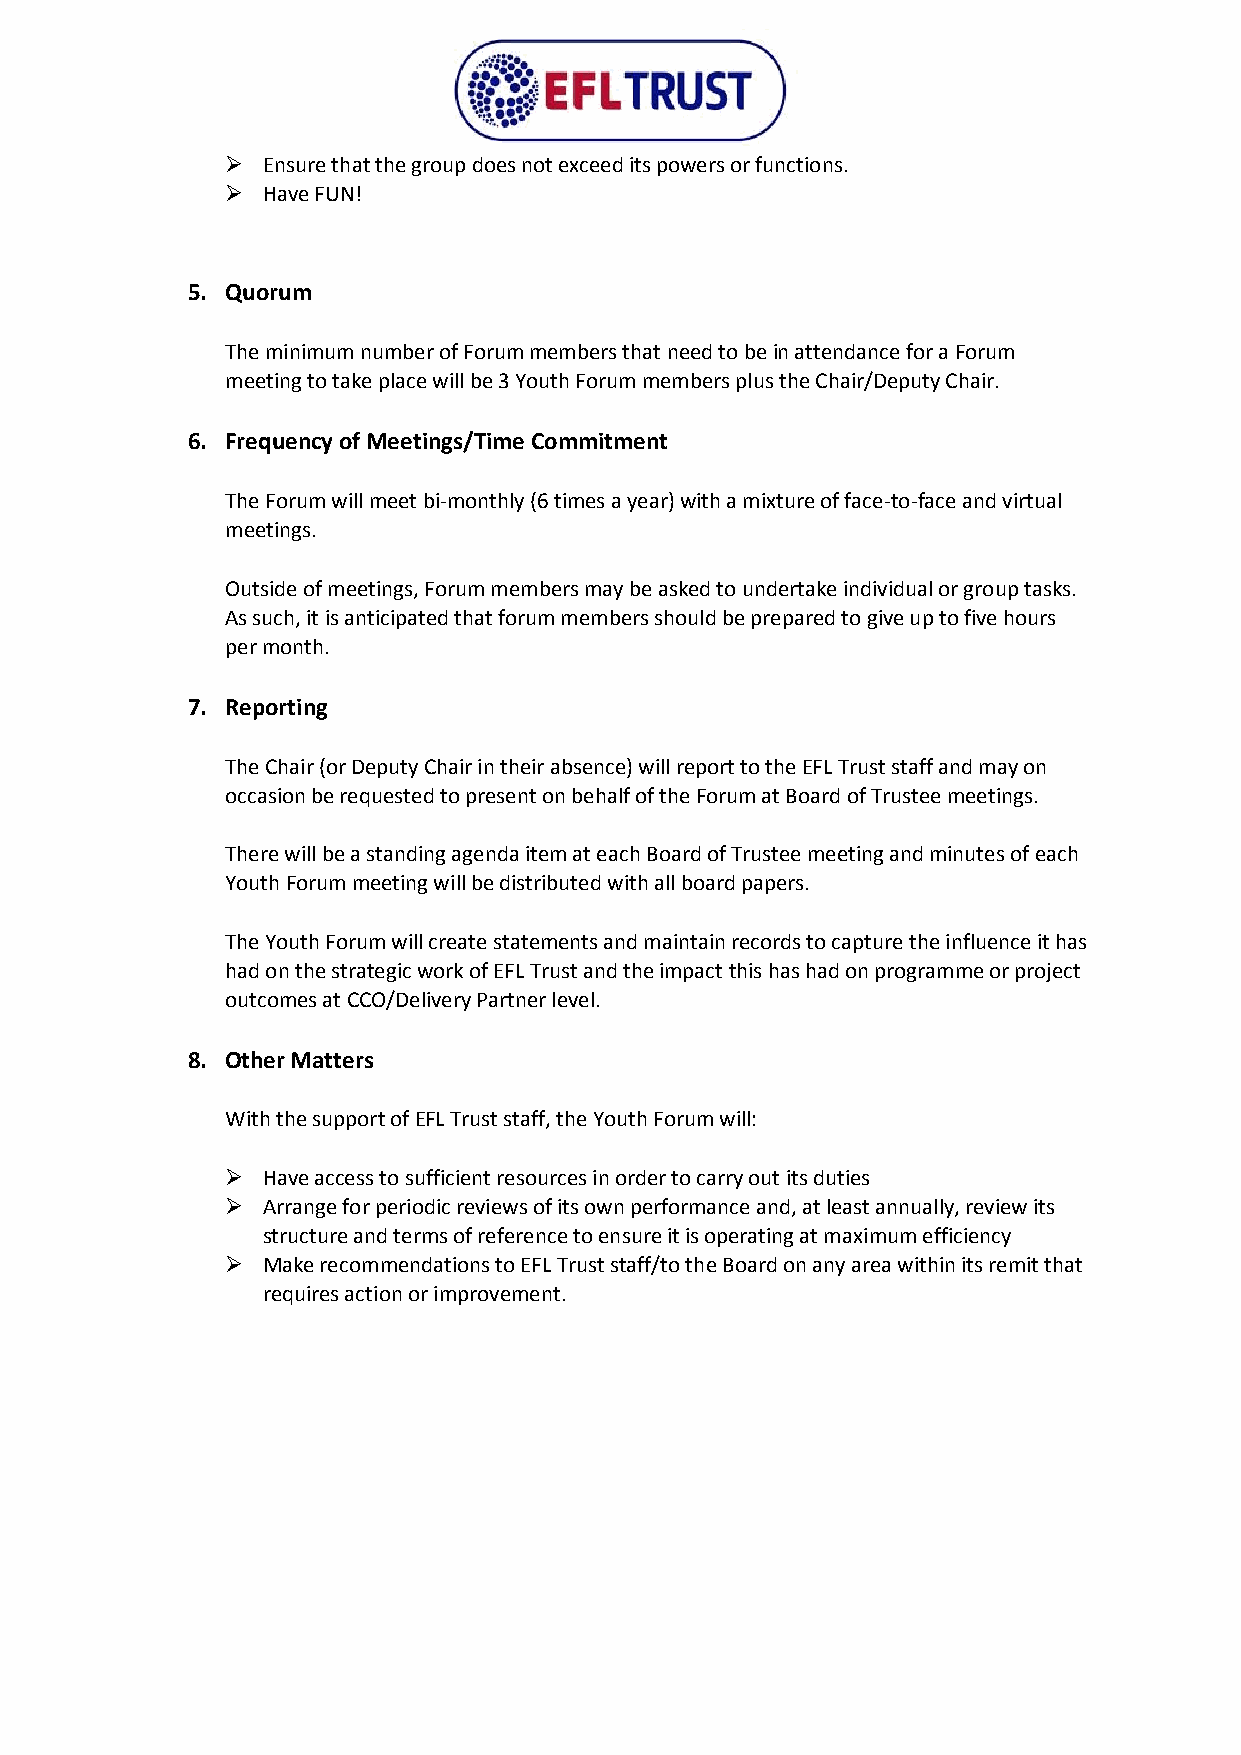
 Ensure that the group does not exceed its powers or functions.
  Have FUN!
 5. Quorum
 The minimum number of Forum members that need to be in attendance for a Forum
 meeting to take place will be 3 Youth Forum members plus the Chair/Deputy Chair.
 6. Frequency of Meetings/Time Commitment
 The Forum will meet bi-monthly (6 times a year) with a mixture of face-to-face and virtual
 meetings.
 Outside of meetings, Forum members may be asked to undertake individual or group tasks.
 As such, it is anticipated that forum members should be prepared to give up to five hours
 per month.
 7. Reporting
 The Chair (or Deputy Chair in their absence) will report to the EFL Trust staff and may on
 occasion be requested to present on behalf of the Forum at Board of Trustee meetings.
 There will be a standing agenda item at each Board of Trustee meeting and minutes of each
 Youth Forum meeting will be distributed with all board papers.
 The Youth Forum will create statements and maintain records to capture the influence it has
 had on the strategic work of EFL Trust and the impact this has had on programme or project
 outcomes at CCO/Delivery Partner level.
 8. Other Matters
 With the support of EFL Trust staff, the Youth Forum will:
  Have access to sufficient resources in order to carry out its duties
  Arrange for periodic reviews of its own performance and, at least annually, review its
 structure and terms of reference to ensure it is operating at maximum efficiency
  Make recommendations to EFL Trust staff/to the Board on any area within its remit that
 requires action or improvement.